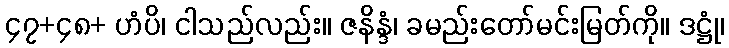
၄၇+၄၈+ ဟံပိ၊ ငါသည်လည်း။ ဇနိန္ဒံ၊ ခမည်းတော်မင်းမြတ်ကို။ ဒဋ္ဌုံ၊